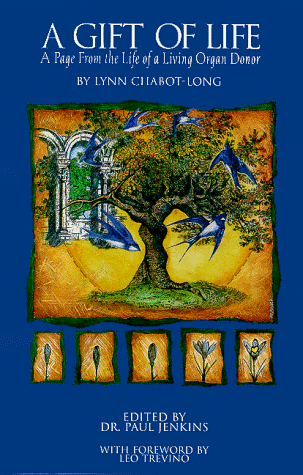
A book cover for A Gift of Life:  A Page From the Life of a Living Organ Donor; Lynn Chabot-Long; Health, Fitness & Dieting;